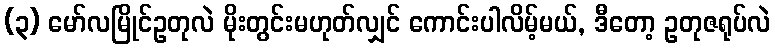
(၃) မော်လမြိုင်ဥတုလဲ မိုးတွင်းမဟုတ်လျှင် ကောင်းပါလိမ့်မယ်, ဒီတော့ ဥတုဇရုပ်လဲ